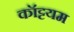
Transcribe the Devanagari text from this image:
कॉट्टयम